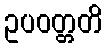
ဥပဝတ္တတိ